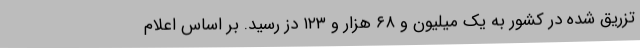
تزریق شده در کشور به یک میلیون و ۶۸ هزار و ۱۲۳ دُز رسید. بر اساس اعلام